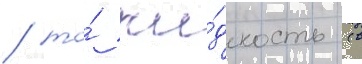
/ то́ жи́дкость (в